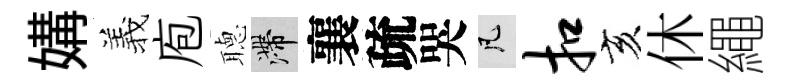
媾羲庖𦗟滯襄疏哭凡扣亥休繩